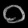
Digit: ၀